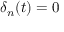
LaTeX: \delta _ { n } ( t ) = 0